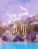
শুট